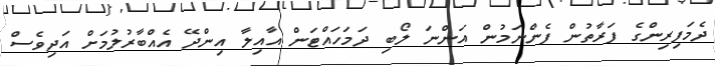
ދެމަފިރިންގެ ފަރާތުން ފެންނަމުން އަންނަ ލޯބި ދަމަހައްޓަން އާއިލާ އިންދޭ އެއްބާރުލުމަށް އަދިވެސް